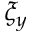
\xi _ { y }